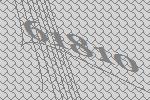
61810